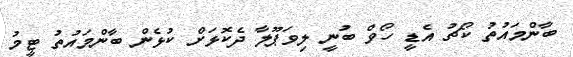
ބާންމައުތު ކޯޗު އެޑީ ހޯވް ބުނީ ލިވަޕޫލާ ދެކޮޅަށް ކުޅެން ބާންމައުތު ޓީމު